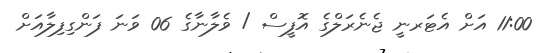
11:00 އަށް އެޓަރނީ ޖެނެރަލްގެ އޮފީސް / ވެލާނާގެ 06 ވަނަ ފަންގިފިލާއަށް